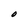
Character: O